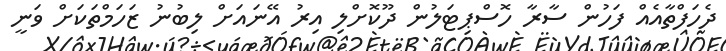
ދެހަފްތާއެއް ފަހުން ސާރާ ހޮސްޕިޓަލުން ދޫކޮށްލި އިރު އޭނައަށް ލިބުނު ޒަހަމްތަކަށް ވަނީ